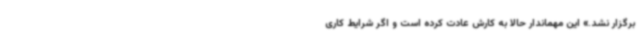
برگزار نشد.» این مهماندار حالا به کارش عادت کرده است و اگر شرایط کاری